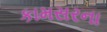
કામસરના